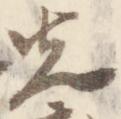
先